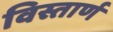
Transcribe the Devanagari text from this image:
विस्तार्ण